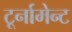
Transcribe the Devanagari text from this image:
टूर्नामेन्‍ट